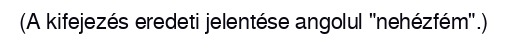
(A kifejezés eredeti jelentése angolul "nehézfém".)